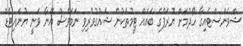
ޝްވެންސްޓެއިގާ ހޯދުމަށް ޔޫރަޕްގެ ބައެއް ޓީމުތަކުން ޝައުގުވެރިވި ނަމަވެސް އޭނާ ވަނީ ޔުނައިޓެޑް